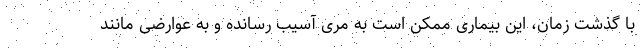
با گذشت زمان، این بیماری ممکن است به مری آسیب رسانده و به عوارضی مانند